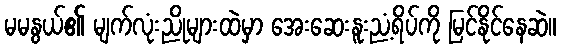
မမနွယ်၏ မျက်လုံးညိုများထဲမှာ အေးဆေးနူးညံ့ရိပ်ကို မြင်နိုင်နေဆဲ။